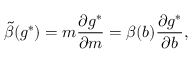
\tilde { \beta } ( g ^ { * } ) = m { \frac { \partial g ^ { * } } { \partial m } } = \beta ( b ) { \frac { \partial g ^ { * } } { \partial b } } ,